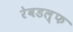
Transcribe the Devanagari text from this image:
रेवडल्फ